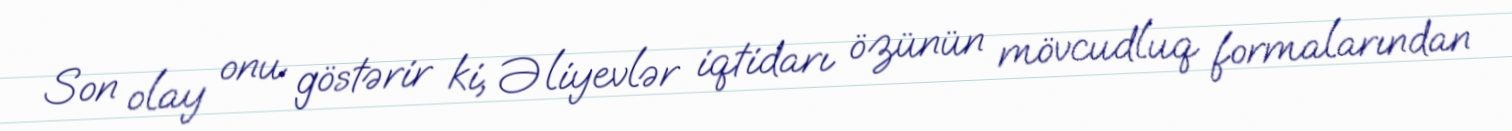
Son olay onu göstərir ki, Əliyevlər iqtidarı özünün mövcudluq formalarından